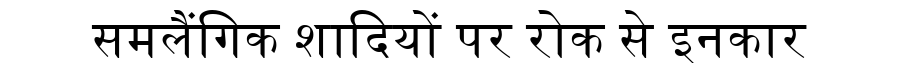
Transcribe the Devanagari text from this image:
समलैंगिक शादियों पर रोक से इनकार